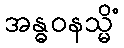
အန္ဓဝနသ္မိံ